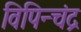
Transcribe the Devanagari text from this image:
विपिन्चंद्र